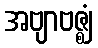
အဗျာဗဇ္ဈံ